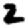
Digit: 2